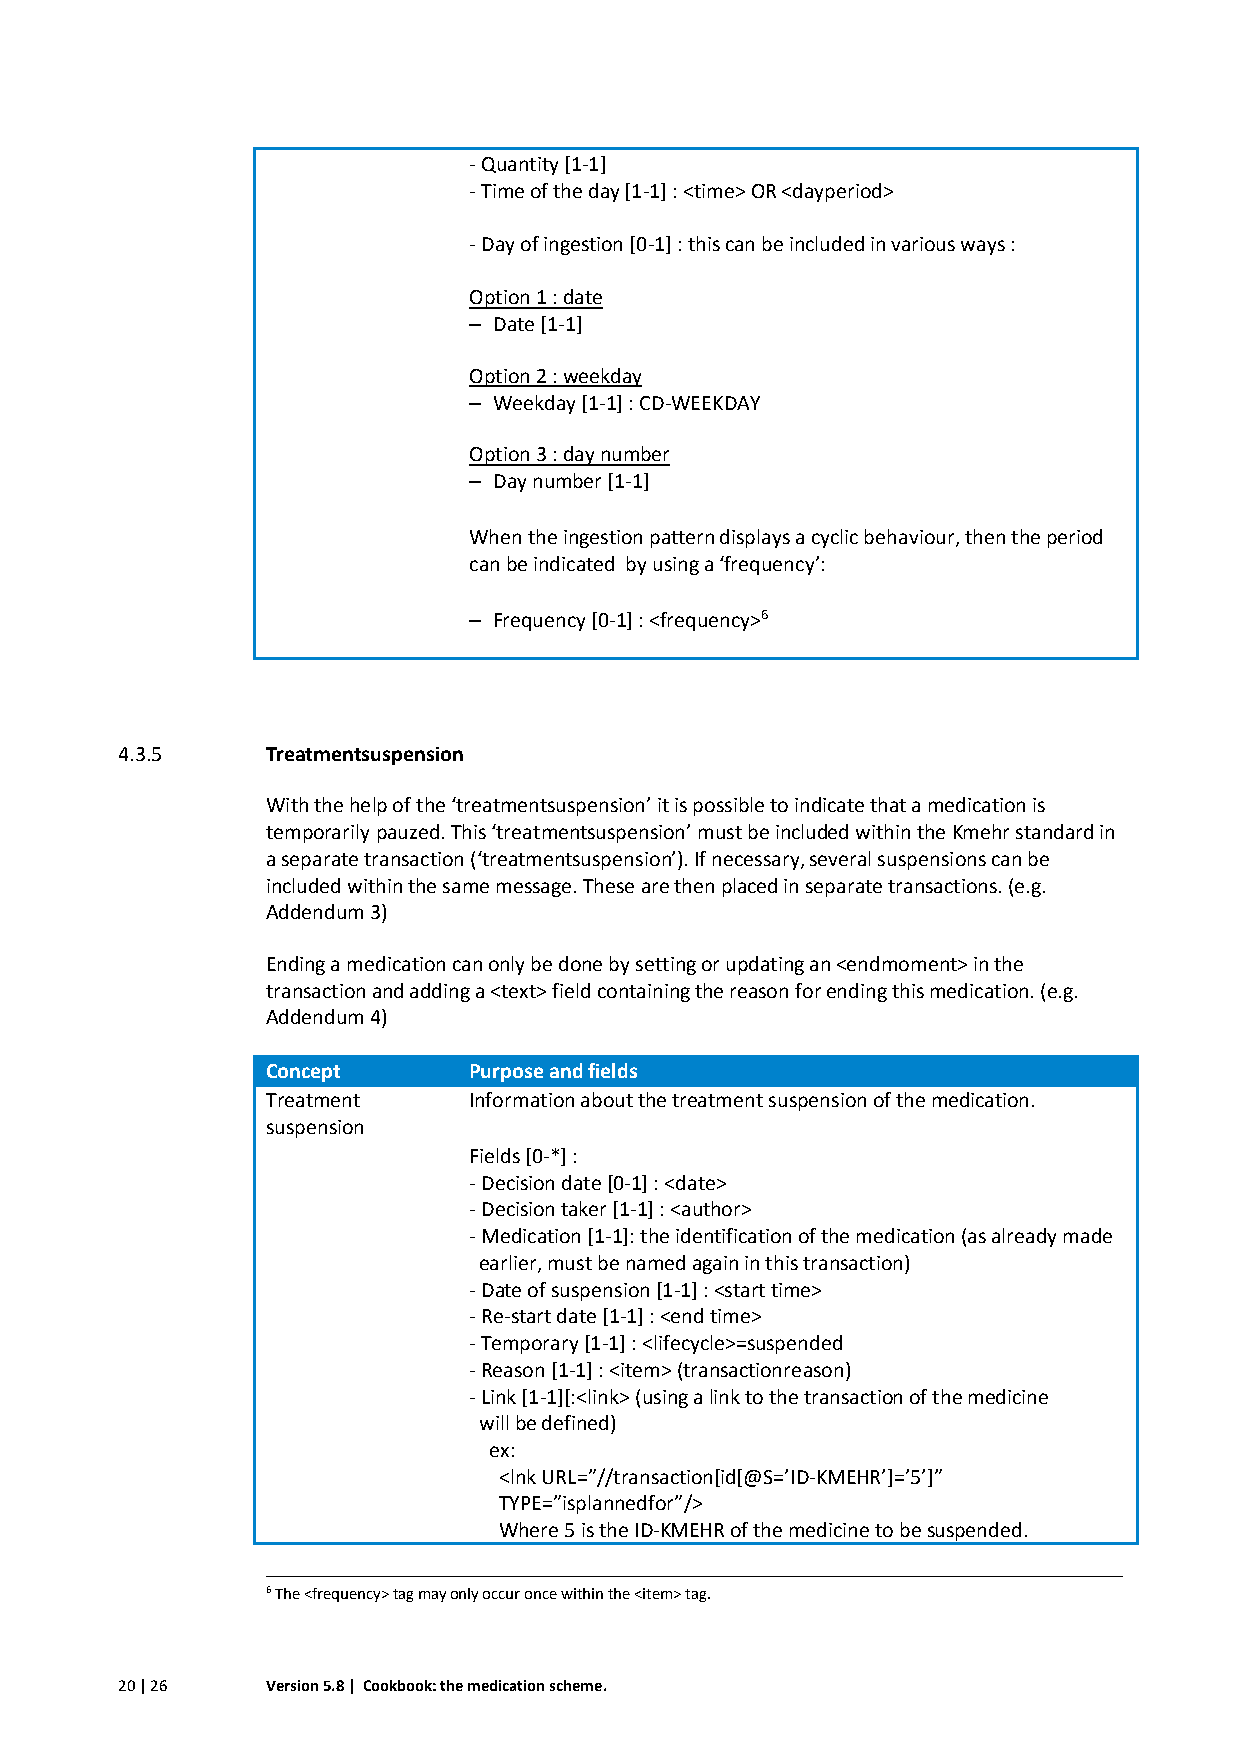
- Quantity [1-1]
 - Time of the day [1-1] : <time> OR <dayperiod>
 - Day of ingestion [0-1] : this can be included in various ways :
 Option 1 : date
 – Date [1-1]
 Option 2 : weekday
 – Weekday [1-1] : CD-WEEKDAY
 Option 3 : day number
 – Day number [1-1]
 When the ingestion pattern displays a cyclic behaviour, then the period
 can be indicated by using a ‘frequency’:
 – Frequency [0-1] : <frequency>6
 4.3.5     Treatmentsuspension
 With the help of the ‘treatmentsuspension’ it is possible to indicate that a medication is
 temporarily pauzed. This ‘treatmentsuspension’ must be included within the Kmehr standard in
 a separate transaction (‘treatmentsuspension’). If necessary, several suspensions can be
 included within the same message. These are then placed in separate transactions. (e.g.
 Addendum 3)
 Ending a medication can only be done by setting or updating an <endmoment> in the
 transaction and adding a <text> field containing the reason for ending this medication. (e.g.
 Addendum 4)
 Concept      Purpose and fields
 Treatment    Information about the treatment suspension of the medication.
 suspension
 Fields [0-*] :
 - Decision date [0-1] : <date>
 - Decision taker [1-1] : <author>
 - Medication [1-1]: the identification of the medication (as already made
 earlier, must be named again in this transaction)
 - Date of suspension [1-1] : <start time>
 - Re-start date [1-1] : <end time>
 - Temporary [1-1] : <lifecycle>=suspended
 - Reason [1-1] : <item> (transactionreason)
 - Link [1-1][:<link> (using a link to the transaction of the medicine
 will be defined)
 ex:
 <lnk URL=”//transaction[id[@S=’ID-KMEHR’]=’5’]”
 TYPE=”isplannedfor”/>
 Where 5 is the ID-KMEHR of the medicine to be suspended.
 6 The <frequency> tag may only occur once within the <item> tag.
 20 | 26   Version 5.8 | Cookbook: the medication scheme.